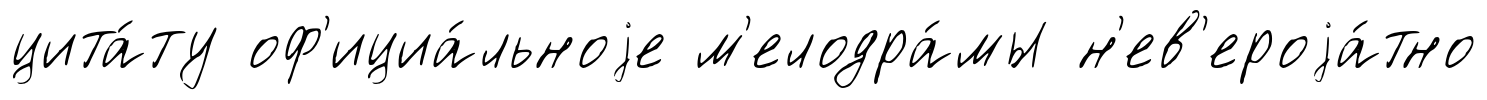
цита́ту оф'ициа́льноjе м'елодра́мы н'ев'ероjа́тно